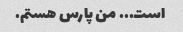
است... من پارس هستم.